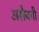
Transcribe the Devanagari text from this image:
अशैबगी